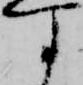
す